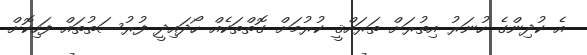
އެ ކުދިންގެ ހުނަރު އިތުރަށް ތަރައްޤީ ކުރުމަށް ގޮތްތަކެއް ހޯދައިދީ ފުރުސަތުތައް ފަހިކޮށް